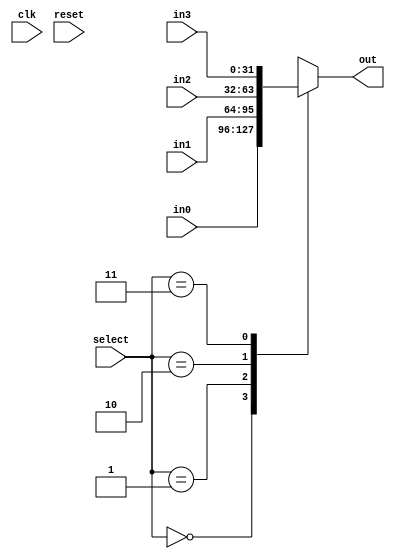
module Mux4to1(
input clk, reset,
input [1:0] select,
input [BIT_WIDTH-1:0] in0, in1, in2, in3,
output reg [BIT_WIDTH-1:0] out
);

parameter BIT_WIDTH = 32;

always @(*) begin
    case (select)
        0: out <= in0;
        1: out <= in1;
        2: out <= in2;
        3: out <= in3;
        default: out <= {BIT_WIDTH{1'bz}};
    endcase
end

endmodule